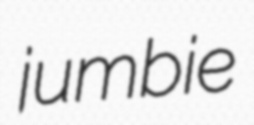
jumbie